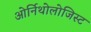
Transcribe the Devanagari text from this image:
ओर्निथोलोजिस्ट